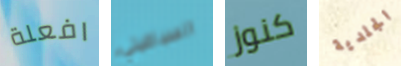
افعلة السباغيتي كنوز الجلدية